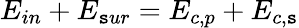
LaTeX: {{E}_{in}}+{{E}_{\mathtt{s}ur}}={{E}_{c,p}}+{{E}_{c,\mathtt{s}}}